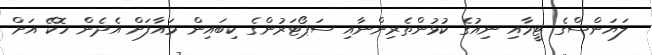
ލަޔަންސްގެ ޓީމާއި ނިއުގެ ކުޅުންތެރިންނާއި ސަޕޯޓަރުންގެ ކިބައިން މައާފަށް އެދެން ހޮކޭ އަށް